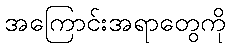
အကြောင်းအရာတွေကို